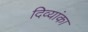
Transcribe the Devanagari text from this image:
दिव्यांका